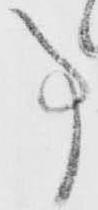
事